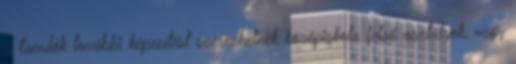
a tanulók további képesítést szerezhetnek középiskola felső osztályok, vagy